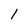
Character: 1